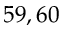
5 9 , 6 0